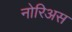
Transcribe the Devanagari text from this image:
नोरिअस